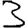
Digit: 3